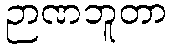
ဉာဏဘူတာ